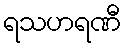
ရသဟရဏီ